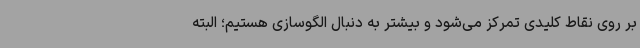
بر روی نقاط کلیدی تمرکز می‌شود و بیشتر به دنبال الگوسازی هستیم؛ البته